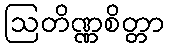
ဩတိဏ္ဏစိတ္တာ